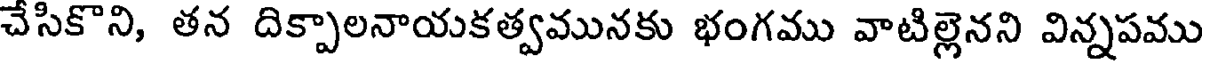
చేసికొని, తన దిక్పాలనాయకత్వమునకు భంగము వాటిల్లెనని విన్నపము